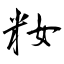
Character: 籹